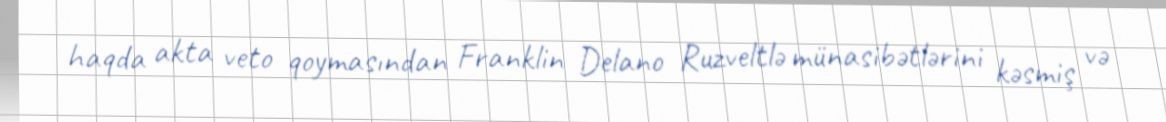
haqda akta veto qoymasından Franklin Delano Ruzveltlə münasibətlərini kəsmiş və